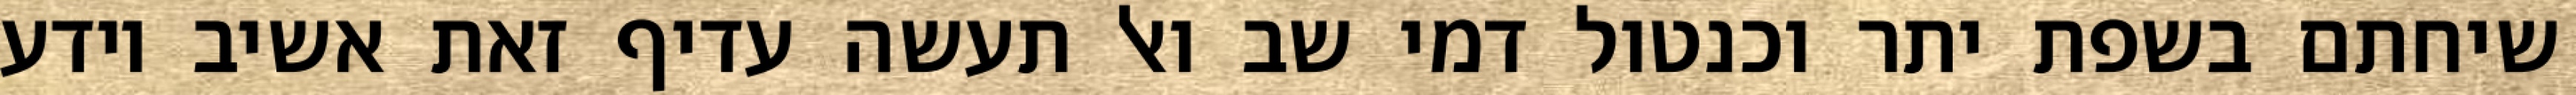
שיחתם בשפת יתר וכנטול דמי שב ואל תעשה עדיף זאת אשיב יודע